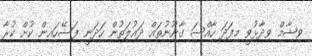
ވިޝާމް ވިދާޅުވީ މިފަދަ ހާއްސަ ގާނޫނުތައް ދައުލަތުން ހަދަނީ ފަސޭހައިން ކުށް ކުރާ